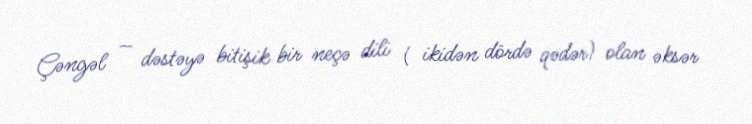
Çəngəl — dəstəyə bitişik bir neçə dili ( ikidən dördə qədər) olan əksər